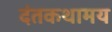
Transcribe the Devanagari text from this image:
दंतकथामय